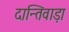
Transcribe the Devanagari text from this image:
दान्तिवाड़ा